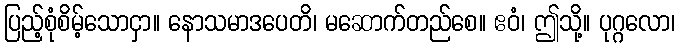
ပြည့်စုံစိမ့်သောငှာ။ နောသမာဒပေတိ၊ မဆောက်တည်စေ။ ဧဝံ၊ ဤသို့။ ပုဂ္ဂလော၊